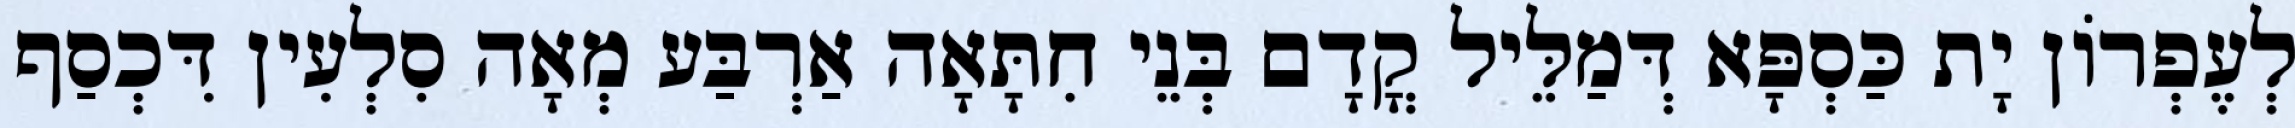
לְעֶפְרוֹן יָת כַּסְפָּא דְּמַלֵּיל קֳדָם בְּנֵי חִתָּאָה אַרְבַּע מְאָה סִלְעִין דִּכְסַף